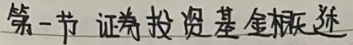
第一节 证券投资基金概述